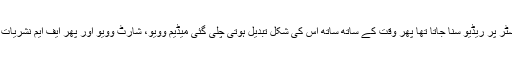
پہلے ٹرانسسٹر پر ریڈیو سنا جاتا تھا پھر وقت کے ساتھ ساتھ اس کی شکل تبدیل ہوتی چلی گئی میڈیم وویو، شارٹ وویو اور پھر ایف ایم نشریات کا آغاز ہوا۔